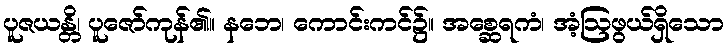
ပူဇယန္တိ၊ ပူဇော်ကုန်၏။ နဘေ၊ ကောင်းကင်၌။ အစ္ဆေရကံ၊ အံ့ဩဖွယ်ရှိသော